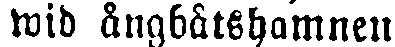
wid ångbåtshamnen.